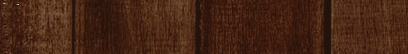
توصيل طلباتكم أسرع مع تطب